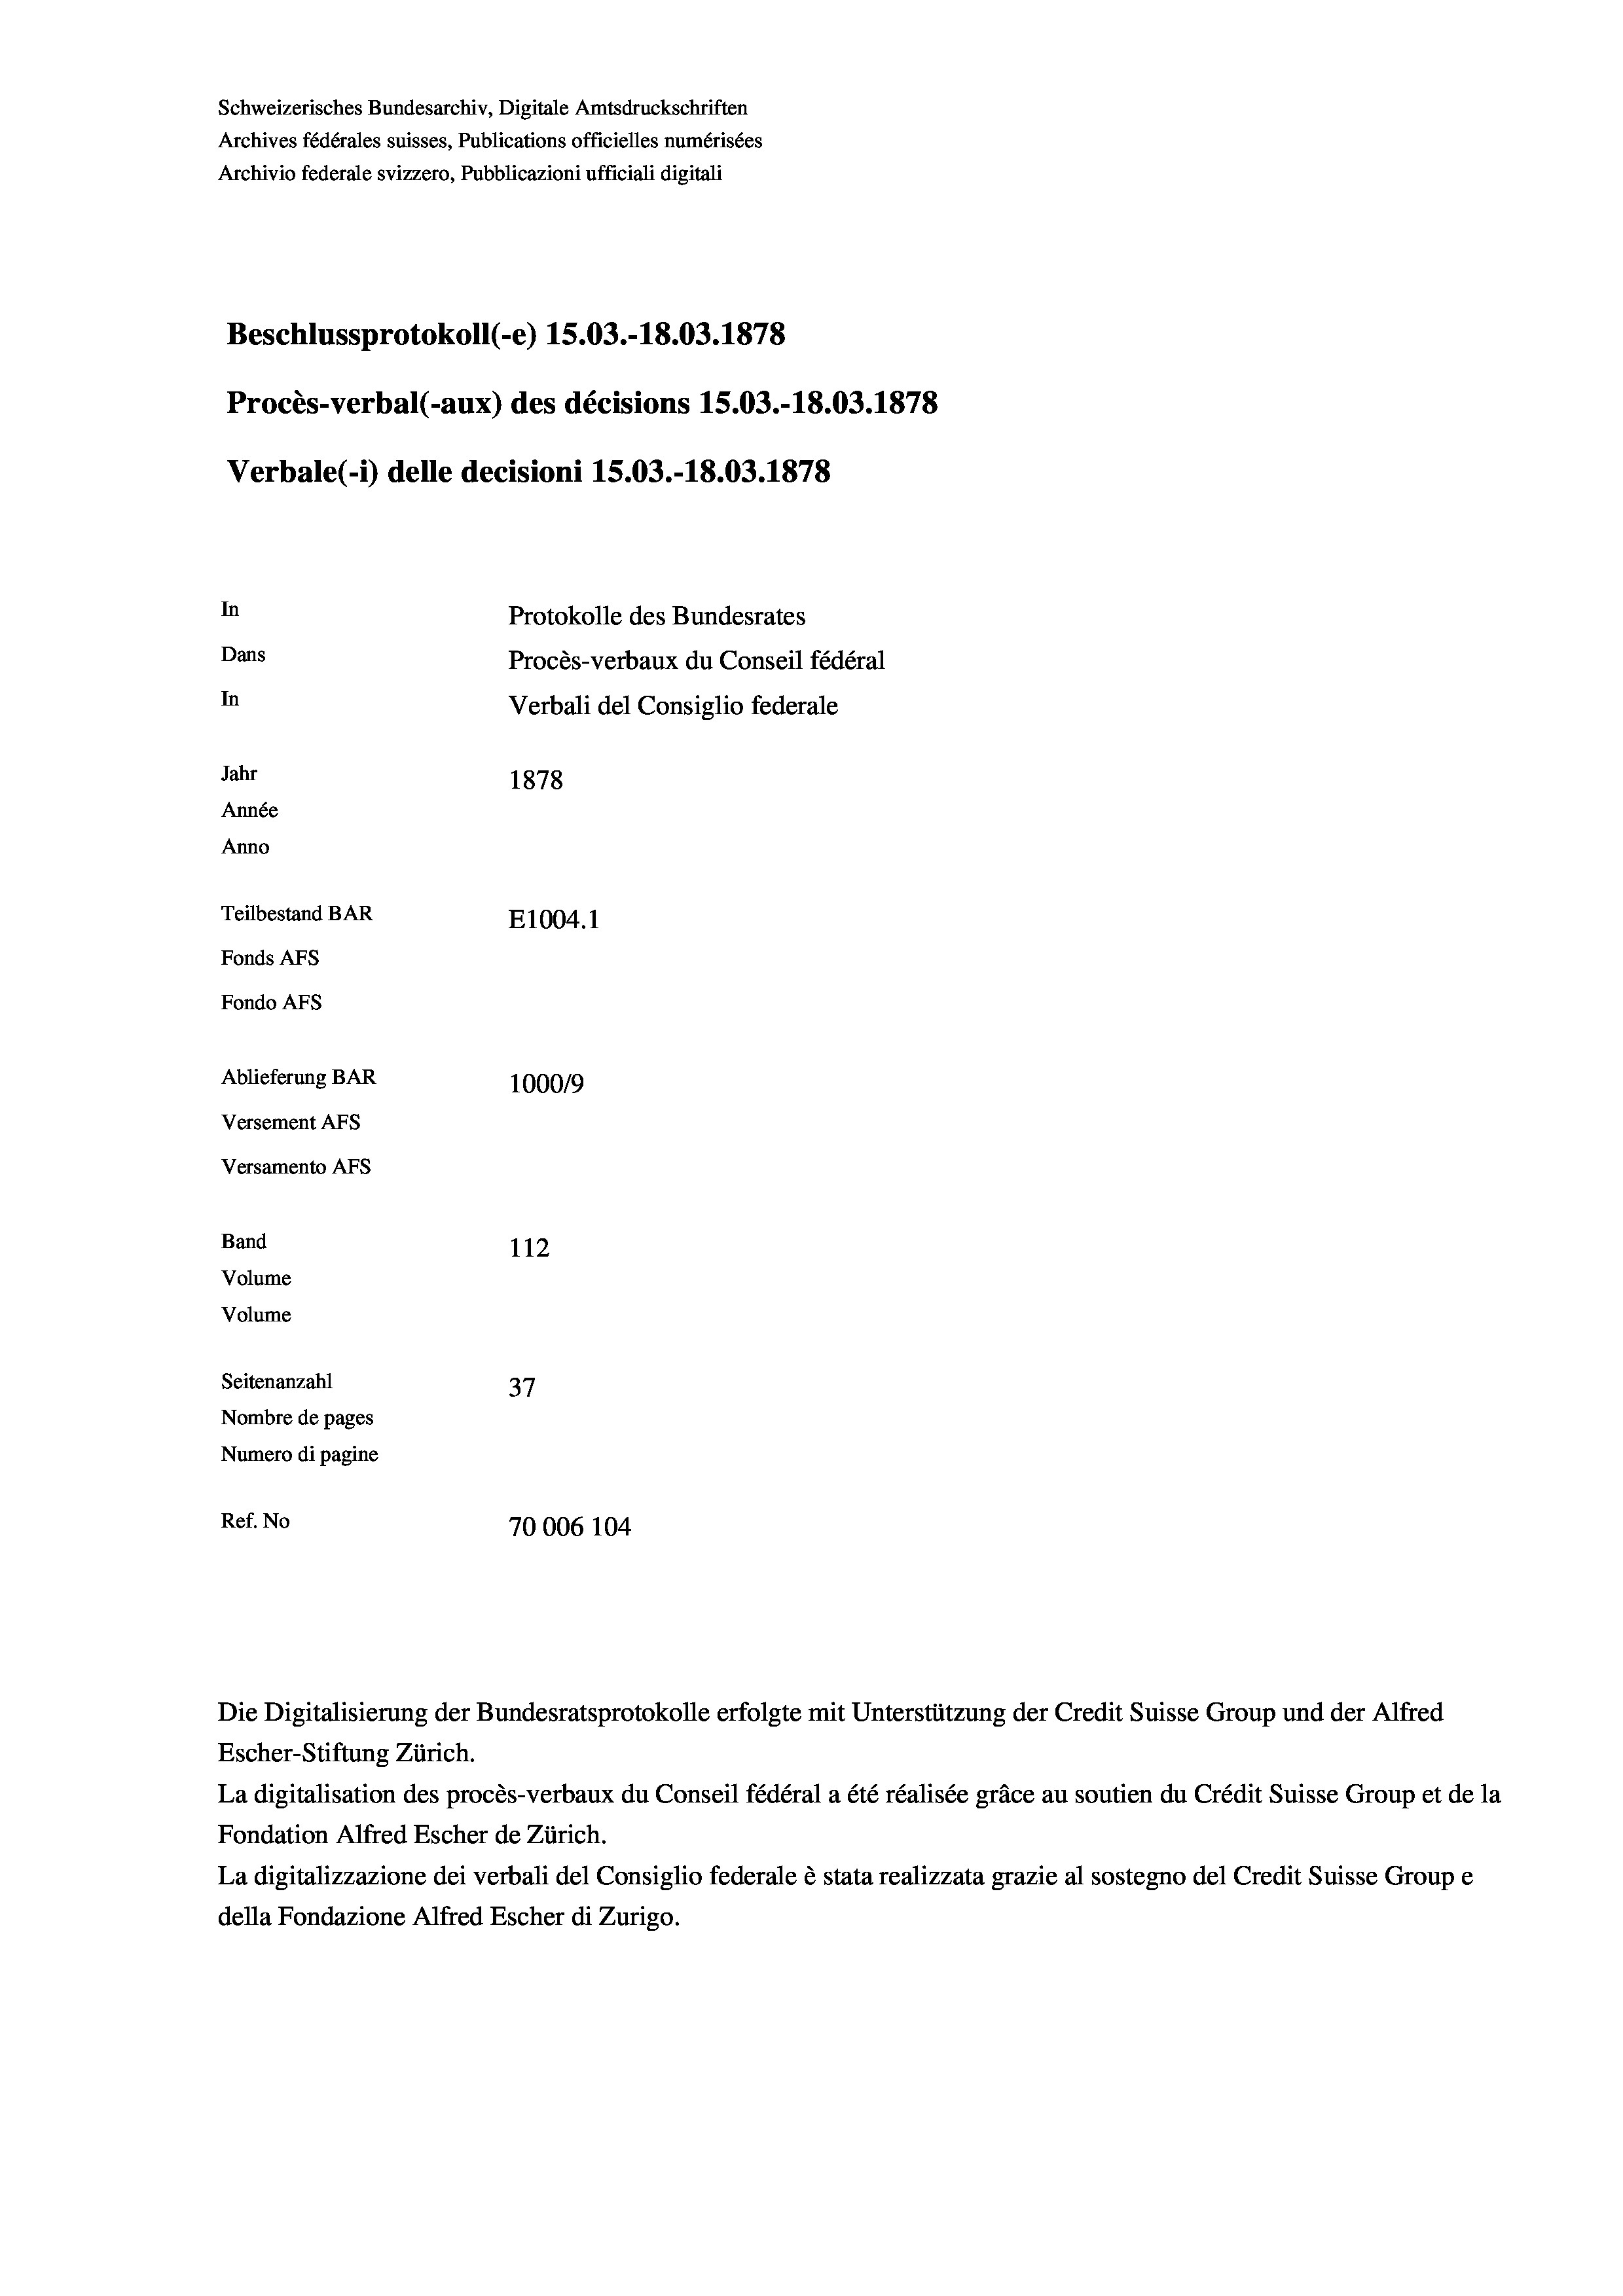
Schweizerisches Bundesarchiv, Digitale Amtsdruckschriften
Archives fédérales suisses, Publications officielles numérisées
Archivio federale svizzero, Pubblicazioni ufficiali digitali
Beschlussprotokoll (-e) 15.03.-18.03. 1878
Procès-verbal (-aux) des décisions 15.03.-18.03. 1878
Verbale (i) delle decisioni 15.03.-18.03. 1878
In
Protokolle des Bundesrates
Dans
Procès-verbaux du Conseil fédéral
In
Verbali del Consiglio federale
Jahr
1878
Année
Anno
Teilbestand BAR
E1004. 1
Fonds AFs
Fondo Afs
Ablieferung BAR
100019
Versement AFs
Versamento AFS
Band
112
Volume
Volume
Seitenanzahl
37
Nombre de pages
Numero di pagine
Ref. No
70006 104

Escher-Stiftung Zürich.
La digitalisation des procès-verbaux du Conseil fédéral a été réalisée gräce au soutien du Crédit Suisse Group et de la
Fondation Alfred Escher de Zürich.
La digitalizzazione dei verbali del Consiglio federale è stata realizzata grazie al sostegno del Credit Suisse Groupe
della Fondazione Alfred Escher di Zurigo.

Die Digitalisierung der Bundesratsprotokolle erfolgte mit Unterstützung der Credit Suisse Group und der Alfred